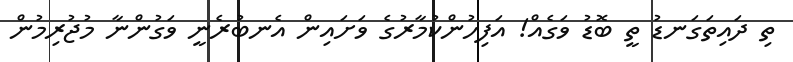
ތި ދައިތަގަނޑު ތީ ބޮޑު ވަގެއް! އަފިހުންކުމާރުގެ ވަށައިން އެނބުރެނީ ވަގުންނާ މުޖުރިމުން